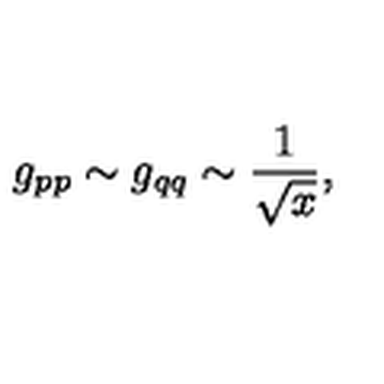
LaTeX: g _ { p p } \sim g _ { q q } \sim \frac { 1 } { \sqrt { x } } ,